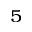
^ 5